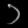
Digit: ၁